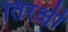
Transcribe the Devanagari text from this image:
तिरक्षी